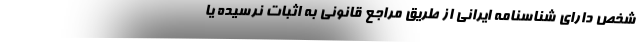
شخص دارای شناسنامه ایرانی از طریق مراجع قانونی به اثبات نرسیده یا